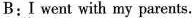
B:I went with my parents.